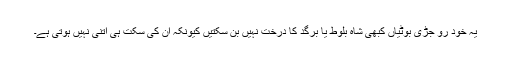
یہ خُود رو جڑی بُوٹیاں کبھی شاہ بلوط یا برگد کا درخت نہیں بن سکتیں کیونکہ اِن کی سکت ہی اتنی نہیں ہوتی ہے۔